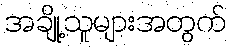
အချို့သူများအတွက်